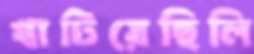
খাটিয়েছিলি